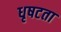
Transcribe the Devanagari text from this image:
धृषटता